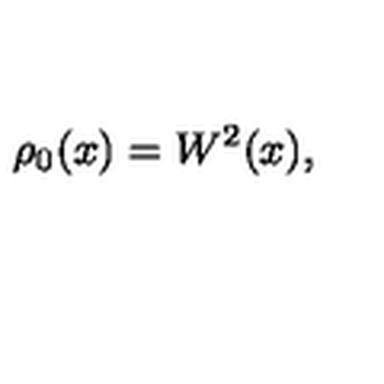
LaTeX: \rho _ { 0 } ( x ) = W ^ { 2 } ( x ) ,